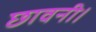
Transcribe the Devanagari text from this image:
छावनी।